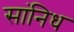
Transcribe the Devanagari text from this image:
सांनिध